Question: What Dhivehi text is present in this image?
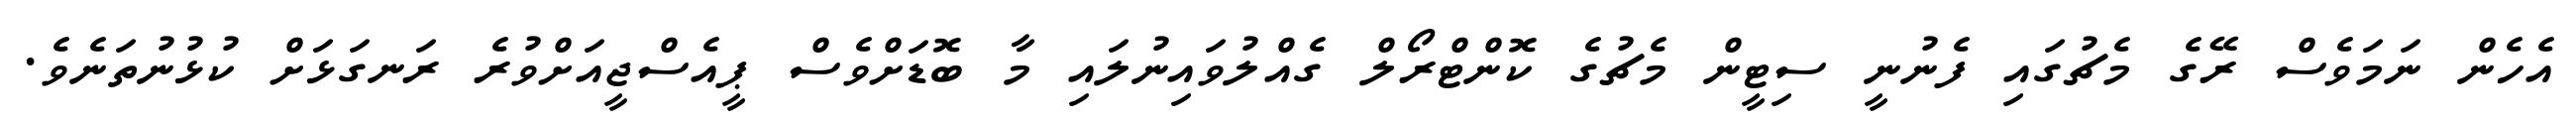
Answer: އެހެން ނަމަވެސް ރޭގެ މެޗުގައި ފެނުނީ ސިޓީން މެޗުގެ ކޮންޓްރޯލް ގެއްލުވައިނުލައި މާ ބޮޑަށްވެސް ޕީއެސްޖީއަށްވުރެ ރަނގަޅަށް ކުޅުނުތަނެވެ.